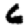
Digit: 6